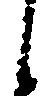
候